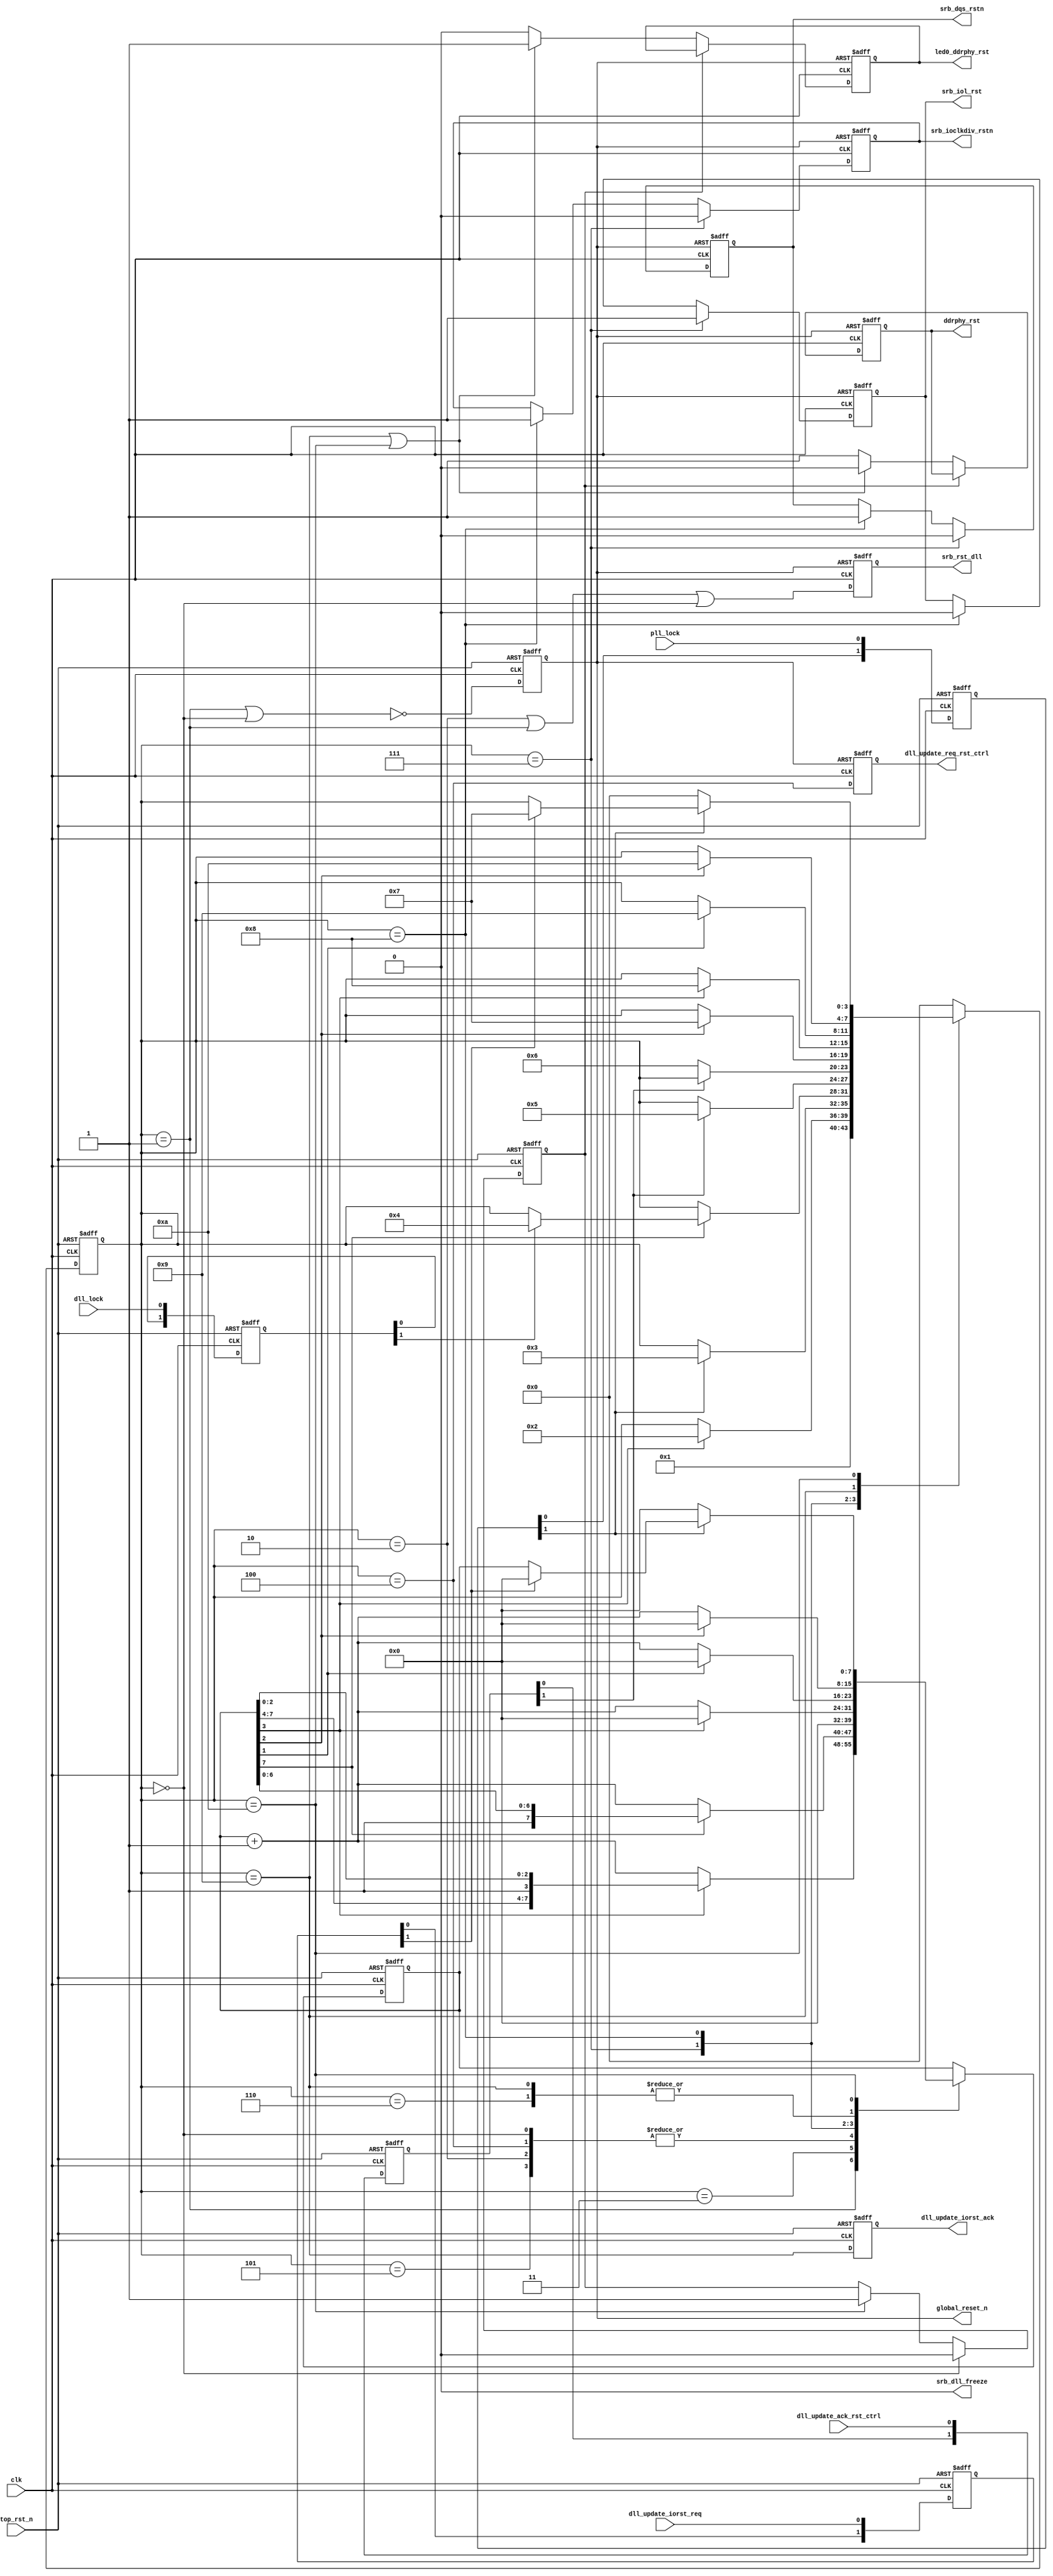
//////////////////////////////////////////////////////////////////////////////
//
// Copyright (c) 2019 PANGO MICROSYSTEMS, INC
// ALL RIGHTS RESERVED.
//
// THE SOURCE CODE CONTAINED HEREIN IS PROPRIETARY TQ PANGO MICROSYSTEMS, INC.
// IT SHALL NOT BE REPRODUCED OR DISCLOSED IN WHOLE OR IN PART OR USED BY
// PARTIES WITHOUT WRITTEN AUTHORIZATION FROM THE OWNER.
//
/////////////////////////////////////////////////////////////////////////////
// Revision:1.0(initial)
//
//////////////////////////////////////////////////////////////////////////////

`timescale 1ps/1ps

module ipsl_hmic_h_ddrphy_reset_ctrl_v1_1
(
    input                                top_rst_n                      ,
    input                                clk                            ,

    input                                dll_update_iorst_req,
    output reg                           dll_update_iorst_ack,

    input                                dll_lock                       ,
    input                                pll_lock                       ,
    output reg                           dll_update_req_rst_ctrl        ,
    input                                dll_update_ack_rst_ctrl        ,
    output reg                           srb_rst_dll                    ,    //dll reset
    output wire                          srb_dll_freeze                 ,
    output reg                           ddrphy_rst                     ,
    output reg                           srb_iol_rst                    ,
    output reg                           srb_dqs_rstn                   ,
    output reg                           srb_ioclkdiv_rstn              ,
    output reg                           global_reset_n                 ,
    output reg                           led0_ddrphy_rst                
);

//parameter SRB_DQS_RST_TRAINING_HIGH_CLK = 4;

localparam E_IDLE          = 0;
localparam E_GRESET_DW     = 1;
localparam E_GRESET_UP     = 2;
localparam E_PLL_LOCKED    = 3;
localparam E_DLL_LOCKED    = 4;
localparam E_DLL_UP_HOLD   = 5;
localparam E_PHY_RST_UP    = 6;
localparam E_IO_RST_UP     = 7;
localparam E_IO_RST_END    = 8;
localparam E_PHY_RST_END   = 9;
localparam E_NORMAL        = 10;

reg [3:0] state;
reg [1:0] pll_lock_d;
reg [1:0] dll_lock_d;
reg [7:0] cnt;
reg [1:0] dll_update_ack_rst_ctrl_d;
reg rst_flag;
reg [1:0] dll_update_iorst_req_d;

always @(posedge clk or negedge top_rst_n)
begin
   if (!top_rst_n) begin
      pll_lock_d       <= 2'd0;
      dll_lock_d       <= 2'd0;
      dll_update_ack_rst_ctrl_d <= 2'd0;
      dll_update_iorst_req_d <= 2'd0;
   end
   else begin
      pll_lock_d       <= {pll_lock_d[0], pll_lock};
      dll_lock_d       <= {dll_lock_d[0], dll_lock};
      dll_update_ack_rst_ctrl_d <= {dll_update_ack_rst_ctrl_d[0], dll_update_ack_rst_ctrl};
      dll_update_iorst_req_d <= {dll_update_iorst_req_d[0], dll_update_iorst_req};
   end
end

always @(posedge clk or negedge top_rst_n)
begin
   if (!top_rst_n) begin
      state <= E_IDLE;
      cnt   <= 0; 
   end
   else begin
         case (state)
            E_IDLE: begin //wait for PLL lock
               cnt <= 0;
                  state <= E_GRESET_DW;
            end
            E_GRESET_DW: begin
               if (cnt[3])
                  state <= E_GRESET_UP;
               else
               cnt <= cnt + 1;
            end
            E_GRESET_UP: begin
               cnt <= 0;
               if(pll_lock_d[1])
               state <= E_PLL_LOCKED;   
            end
            E_PLL_LOCKED: begin //wait for DLL lock
               if (cnt[7]) begin
                  if (dll_lock_d[1])
                     state <= E_DLL_LOCKED;
               end
               else begin
                  cnt <= cnt + 1;
               end
            end
            E_DLL_LOCKED: begin
               cnt <= 0;
               if (dll_update_ack_rst_ctrl_d[1])
                  state <= E_DLL_UP_HOLD;
            end
            E_DLL_UP_HOLD: begin
               cnt <= 0;               
               if (~dll_update_ack_rst_ctrl_d[1])
                  state <= E_PHY_RST_UP;
            end
            E_PHY_RST_UP: begin
               if (cnt[2]) begin
                  cnt   <= 0;
                  state <= E_IO_RST_UP;
               end
               else
                  cnt   <= cnt + 1;
            end
            E_IO_RST_UP: begin
               if (cnt[3]) begin
                  state <= E_IO_RST_END;
                  cnt   <= 0;
               end
               else
                  cnt <= cnt + 1;
            end
            E_IO_RST_END: begin //switch back to clkdiv out
               if (cnt[1]) begin
                  cnt   <= 0;
                  state <= E_PHY_RST_END;
               end
               else
                  cnt <= cnt + 1;
            end
            E_PHY_RST_END: begin 
                 if(cnt[2]) begin              
                  state <= E_NORMAL;
                  cnt   <= 0;
                 end
                 else
                  cnt   <= cnt + 1;
            end
            E_NORMAL: begin
              if (~pll_lock_d[1]) begin
              state <= E_IDLE;
              cnt   <= 0; 
              end
              else if(dll_update_iorst_req_d[1])
              begin
              state <= E_IO_RST_UP;
              cnt   <= 0;
              end
            end
            default: begin
                state <= E_IDLE;
            end
         endcase   
   end
end


always @(posedge clk or negedge top_rst_n)
begin
    if (!top_rst_n) begin
         global_reset_n <= 1'b0;
    end
    else begin
         global_reset_n <= ~((state == E_GRESET_DW)||(state == E_IDLE)); 
    end
end

always @(posedge clk or negedge top_rst_n)
begin
    if (!top_rst_n) begin
         rst_flag <= 1'b0;
    end
    else if(state == E_IDLE)
         rst_flag <= 0;
    else if(state == E_NORMAL) begin
         rst_flag <= 1; 
    end
end

always @(posedge clk or negedge top_rst_n)
begin
    if (!top_rst_n)
    dll_update_iorst_ack <= 0;
    else 
    dll_update_iorst_ack <=  state == E_PHY_RST_END;
end

always @(posedge clk or negedge global_reset_n)
begin
   if (!global_reset_n) begin
        ddrphy_rst   <= 1'b1;
        led0_ddrphy_rst  <= 1'b0;
        srb_dqs_rstn <= 1'b1;
        srb_iol_rst <= 1'b0;
        srb_rst_dll <= 1'b1;
        srb_ioclkdiv_rstn <= 1'b1;
        dll_update_req_rst_ctrl <= 1'b0;
   end
   else begin
      srb_rst_dll <= (state == E_GRESET_UP)||(state == E_GRESET_DW)||(state == E_IDLE); //release dll reset after pll is locked
      dll_update_req_rst_ctrl <= state == E_DLL_LOCKED;   
       if(rst_flag == 0)begin  
          if ((state == E_PHY_RST_END)||(state == E_NORMAL))begin
            ddrphy_rst   <= 1'b0;
            led0_ddrphy_rst  <= 1'b1;
          end
          else begin
           ddrphy_rst   <= 1'b1;
           led0_ddrphy_rst  <= 1'b0;            
          end
      end      
      if (state == E_IO_RST_UP)
      begin
        srb_dqs_rstn <= 1'b0;
        srb_iol_rst <= 1'b1;
        srb_ioclkdiv_rstn <= 1'b0; 
      end
      else if (state == E_IO_RST_END)  
      begin
        srb_dqs_rstn <= 1'b1;
        srb_iol_rst <= 1'b0;
        srb_ioclkdiv_rstn <= 1'b1;
     end      
   end
end

assign srb_dll_freeze = 1'b0;

endmodule